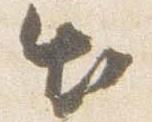
出